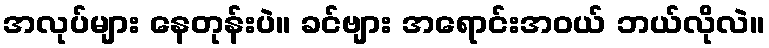
အလုပ်များ နေတုန်းပဲ။ ခင်ဗျား အရောင်းအဝယ် ဘယ်လိုလဲ။